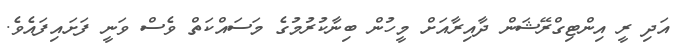
އަދި ރީ އިންޓިގްރޭޝަން ދާއިރާއަށް މީހުން ބިނާކުރުމުގެ މަސައްކަތް ވެސް ވަނީ ފަށައިފައެވެ.